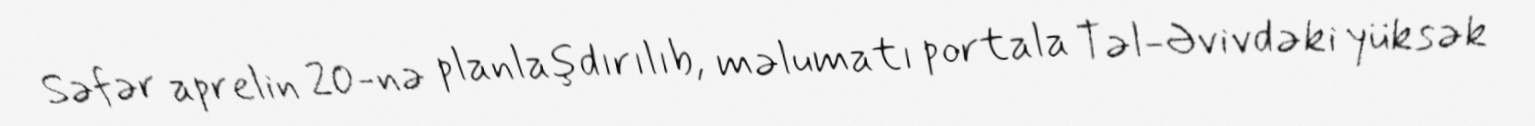
Səfər aprelin 20-nə planlaşdırılıb, məlumatı portala Təl-Əvivdəki yüksək